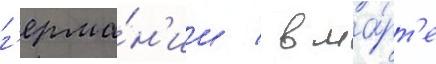
г'ерма́н'ии / в ма́рт'е